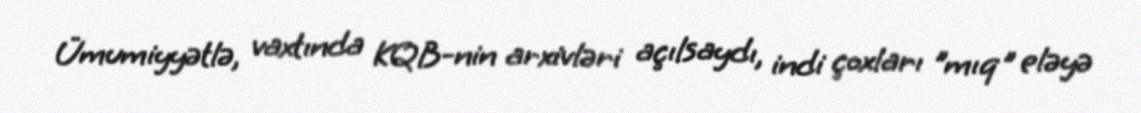
Ümumiyyətlə, vaxtında KQB-nin arxivləri açılsaydı, indi çoxları "mıq" eləyə